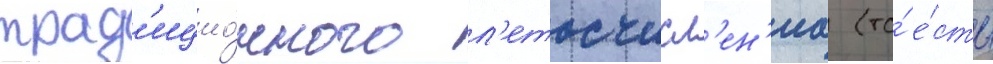
трад'ицио́нного л'етосчисл'ен'иа (то́ е́сть